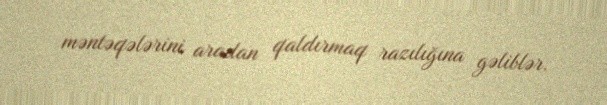
məntəqələrini aradan qaldırmaq razılığına gəliblər.